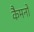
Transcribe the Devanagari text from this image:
कैमनों